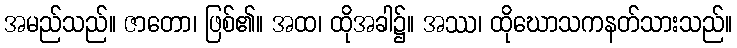
အမည်သည်။ ဇာတော၊ ဖြစ်၏။ အထ၊ ထိုအခါ၌။ အဿ၊ ထိုဃောသကနတ်သားသည်။